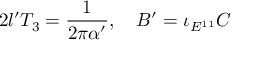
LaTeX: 2 l ^ { \prime } T _ { 3 } = { \frac { 1 } { 2 \pi \alpha ^ { \prime } } } , \quad B ^ { \prime } = \iota _ { E ^ { 1 1 } } C